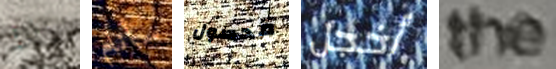
ذلك سأنام محصول أخجل the